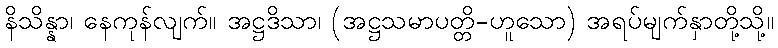
နိသိန္နာ၊ နေကုန်လျက်။ အဋ္ဌဒိသာ၊ (အဋ္ဌသမာပတ္တိ-ဟူသော) အရပ်မျက်နှာတို့သို့။